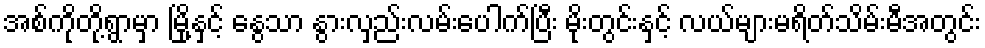
အစ်ကိုတို့ရွာမှာ မြို့နှင့် နွေသာ နွားလှည်းလမ်းပေါက်ပြီး မိုးတွင်းနှင့် လယ်များမရိတ်သိမ်းမီအတွင်း